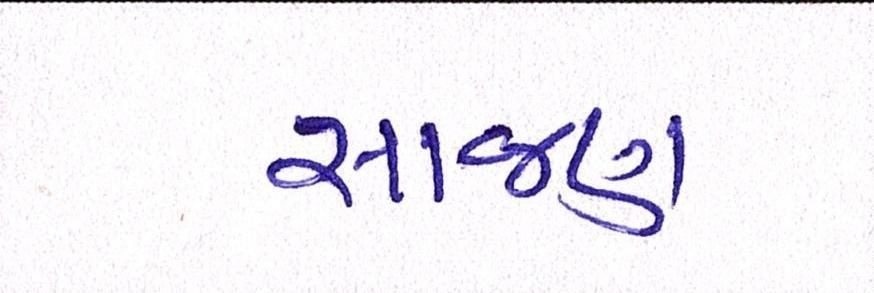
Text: સાજણ